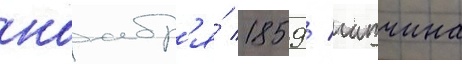
ноабр'я́ 1859 / гатчина